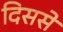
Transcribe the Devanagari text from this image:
दिससे